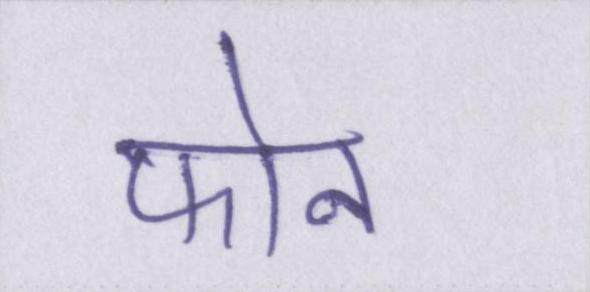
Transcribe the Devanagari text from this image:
फोन